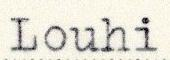
Louhi